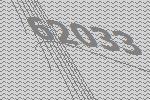
62033